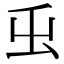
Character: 𭕿